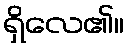
ရှိလေ၏။